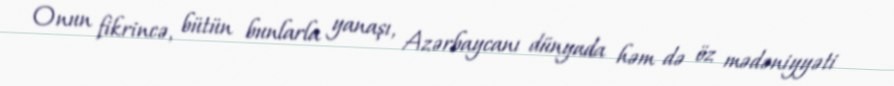
Onun fikrincə, bütün bunlarla yanaşı, Azərbaycanı dünyada həm də öz mədəniyyəti